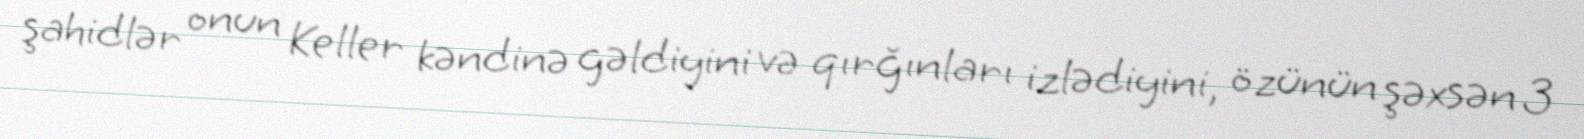
şahidlər onun Keller kəndinə gəldiyini və qırğınları izlədiyini, özünün şəxsən 3